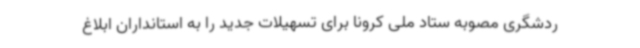
ردشگری مصوبه ستاد ملی کرونا برای تسهیلات جدید را به استانداران ابلاغ